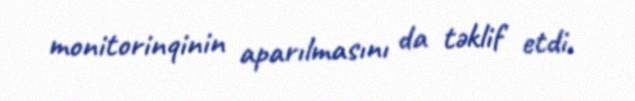
monitorinqinin aparılmasını da təklif etdi.